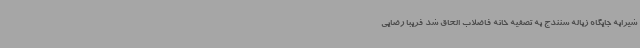
شیرابه جایگاه زباله سنندج به تصفیه خانه فاضلاب الحاق شد فریبا رضایی